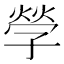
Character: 𡦃